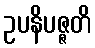
ဥပနိပဇ္ဇတိ